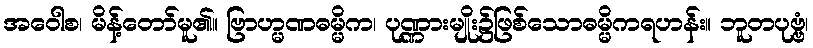
အဝေါစ၊ မိန့်တော်မူ၏။ ဗြာဟ္မဏဓမ္မိက၊ ပုဏ္ဏားမျိုး၌ဖြစ်သောဓမ္မိကရဟန်း။ ဘူတပုဗ္ဗံ၊